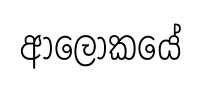
ආලෝකයේ